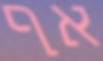
אף